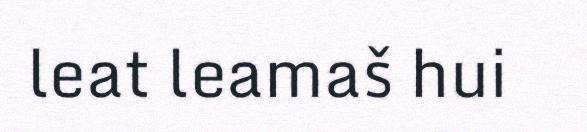
leat leamaš hui